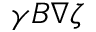
\gamma B \nabla \zeta